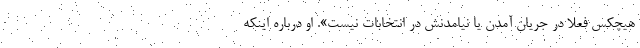
هیچکس فعلا در جریان آمدن یا نیامدنش در انتخابات نیست». او درباره اینکه